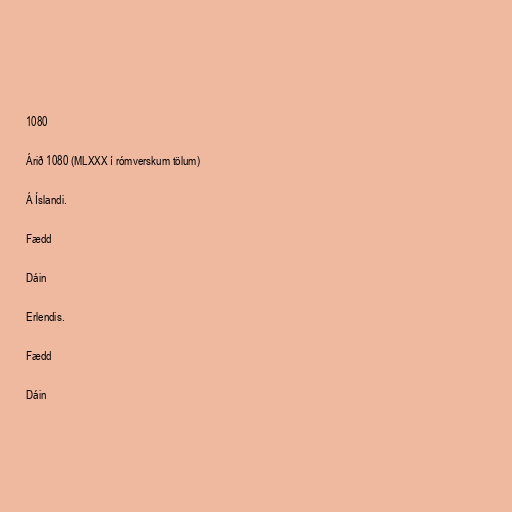
1080

Árið 1080 (MLXXX í rómverskum tölum)

Á Íslandi.

Fædd

Dáin

Erlendis.

Fædd

Dáin